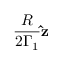
\frac { R } { 2 \Gamma _ { 1 } } \mathbf { \hat { z } }